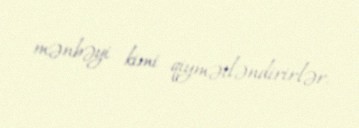
mənbəyi kimi qiymətləndirirlər.